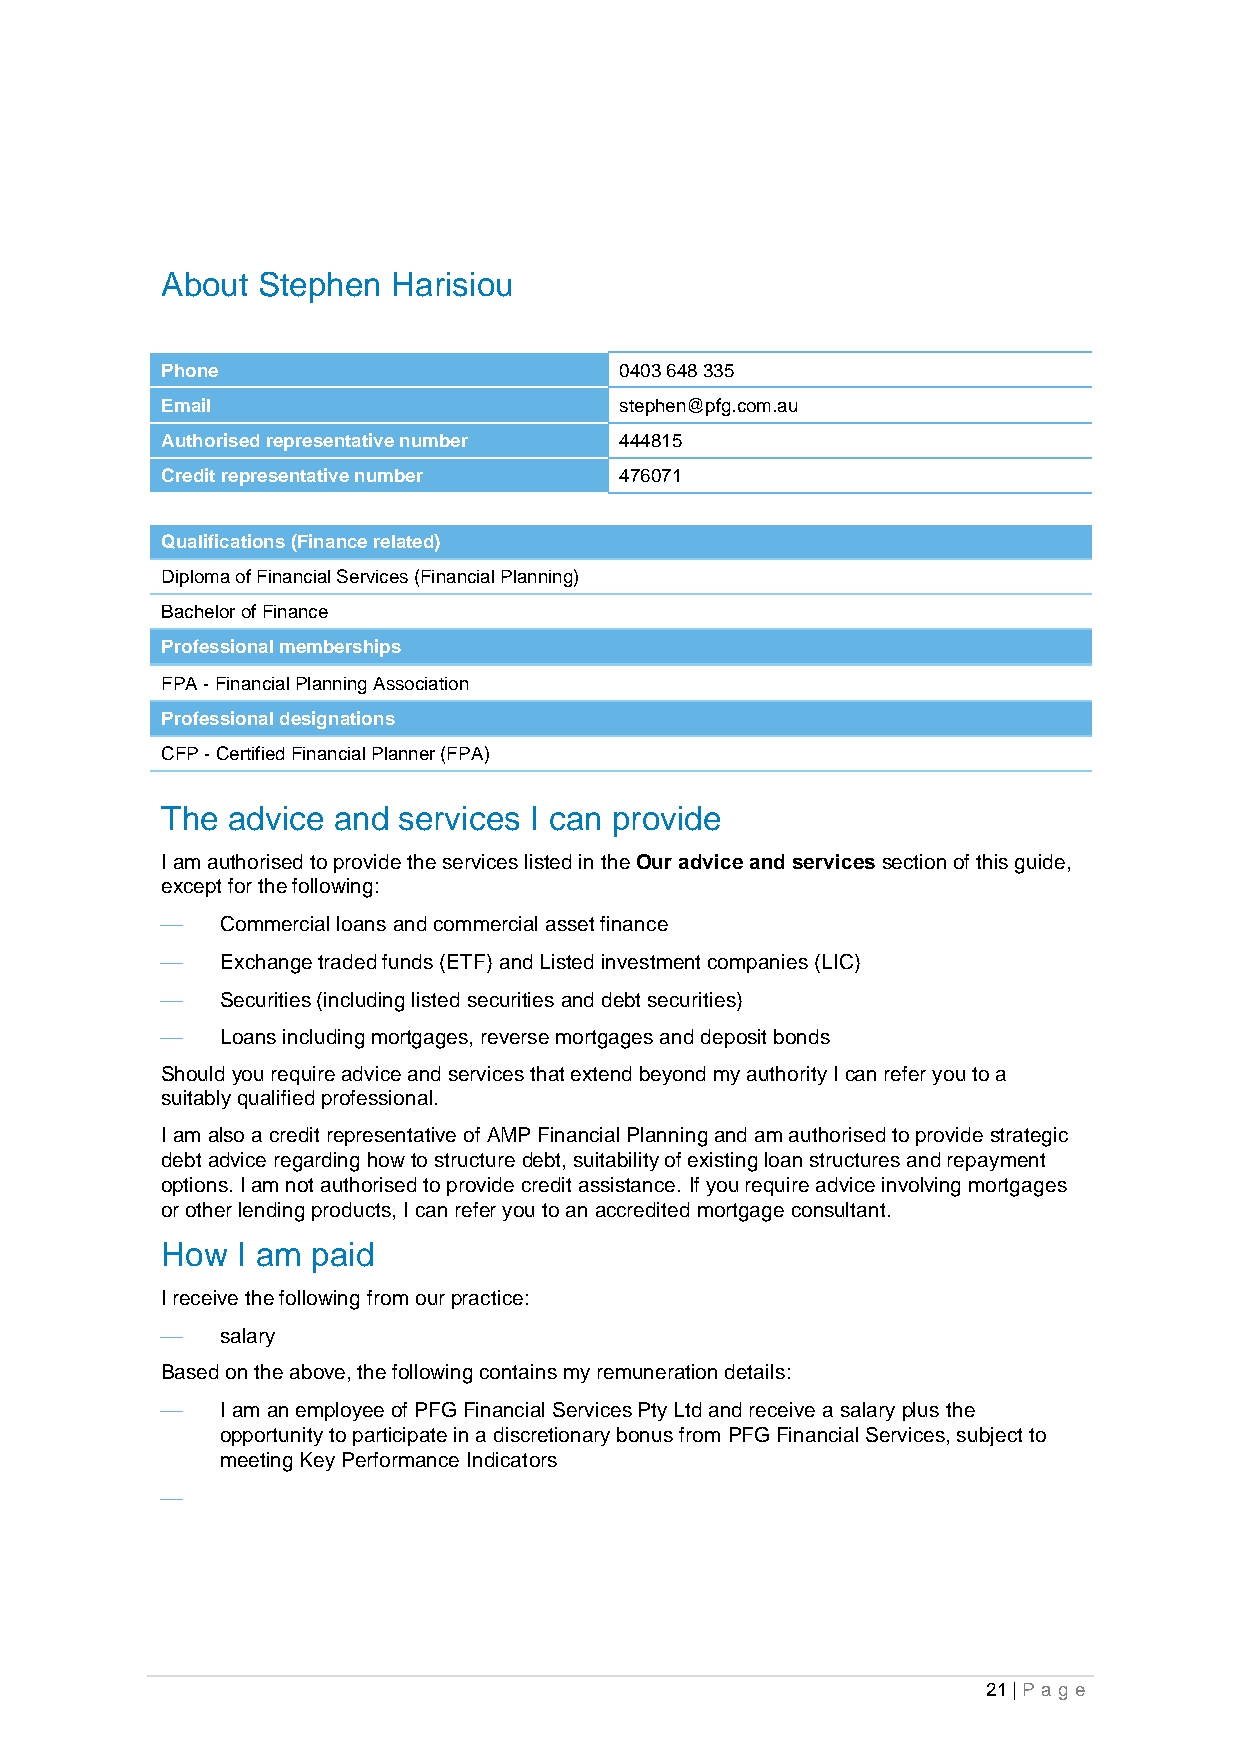
About Stephen  Harisiou
 Phone                         0403 648 335
 Email                         stephen@pfg.com.au
 Authorised representative number 444815
 Credit representative number  476071
 Qualifications (Finance related)
 Diploma of Financial Services (Financial Planning)
 Bachelor of Finance
 Professional memberships
 FPA - Financial Planning Association
 Professional designations
 CFP - Certified Financial Planner (FPA)
 The advice and services I can provide
 I am authorised to provide the services listed in the Our advice and services section of this guide,
 except for the following:
 ⎯   Commercial loans and commercial asset finance
 ⎯   Exchange traded funds (ETF) and Listed investment companies (LIC)
 ⎯   Securities (including listed securities and debt securities)
 ⎯   Loans including mortgages, reverse mortgages and deposit bonds
 Should you require advice and services that extend beyond my authority I can refer you to a
 suitably qualified professional.
 I am also a credit representative of AMP Financial Planning and am authorised to provide strategic
 debt advice regarding how to structure debt, suitability of existing loan structures and repayment
 options. I am not authorised to provide credit assistance. If you require advice involving mortgages
 or other lending products, I can refer you to an accredited mortgage consultant.
 How  I am paid
 I receive the following from our practice:
 ⎯   salary
 Based on the above, the following contains my remuneration details:
 ⎯   I am an employee of PFG Financial Services Pty Ltd and receive a salary plus the
 opportunity to participate in a discretionary bonus from PFG Financial Services, subject to
 meeting Key Performance Indicators
 ⎯
 21 | Pa g e